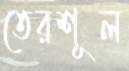
তেরশূল